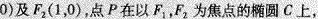
0)及F_{2}(1，0)，点P在以F_{1}，F_{2}为焦点的椭圆C上，